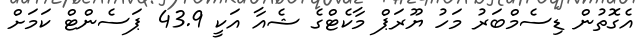
އެގޮތުން ޑިސެމްބަރު މަހު ޔޫރަޕް މާކެޓްގެ ޝެއާ އަކީ 43.9 ޕަސެންޓް ކަމަށް